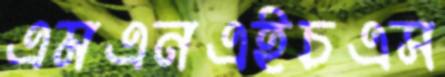
এমএনএইচএস